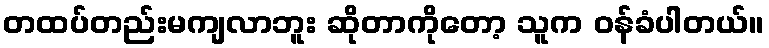
တထပ်တည်းမကျလာဘူး ဆိုတာကိုတော့ သူက ဝန်ခံပါတယ်။